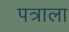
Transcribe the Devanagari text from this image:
पत्राला